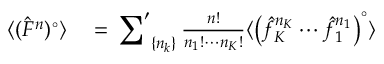
\begin{array} { r l } { \langle ( \hat { F } ^ { n } ) ^ { \circ } \rangle } & { { } = \sideset { } { ' } \sum _ { \{ n _ { k } \} } \frac { n ! } { n _ { 1 } ! \cdots n _ { K } ! } \langle \big ( \hat { f } _ { K } ^ { n _ { K } } \cdots \hat { f } _ { 1 } ^ { n _ { 1 } } \big ) ^ { \circ } \rangle } \end{array}